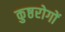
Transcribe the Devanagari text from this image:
कुष्ठरोगों